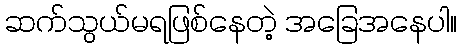
ဆက်သွယ်မရဖြစ်နေတဲ့ အခြေအနေပါ။